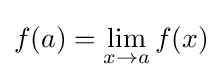
f(a)=\lim _{x\to a}f(x)